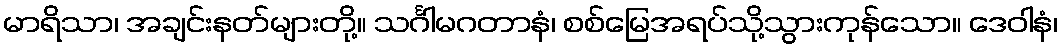
မာရိသာ၊ အချင်းနတ်များတို့။ သင်္ဂါမဂတာနံ၊ စစ်မြေအရပ်သို့သွားကုန်သော။ ဒေဝါနံ၊